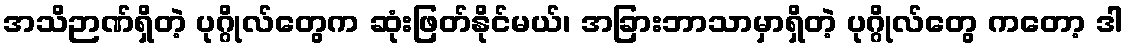
အသိဉာဏ်ရှိတဲ့ ပုဂ္ဂိုလ်တွေက ဆုံးဖြတ်နိုင်မယ်၊ အခြားဘာသာမှာရှိတဲ့ ပုဂ္ဂိုလ်တွေ ကတော့ ဒါ